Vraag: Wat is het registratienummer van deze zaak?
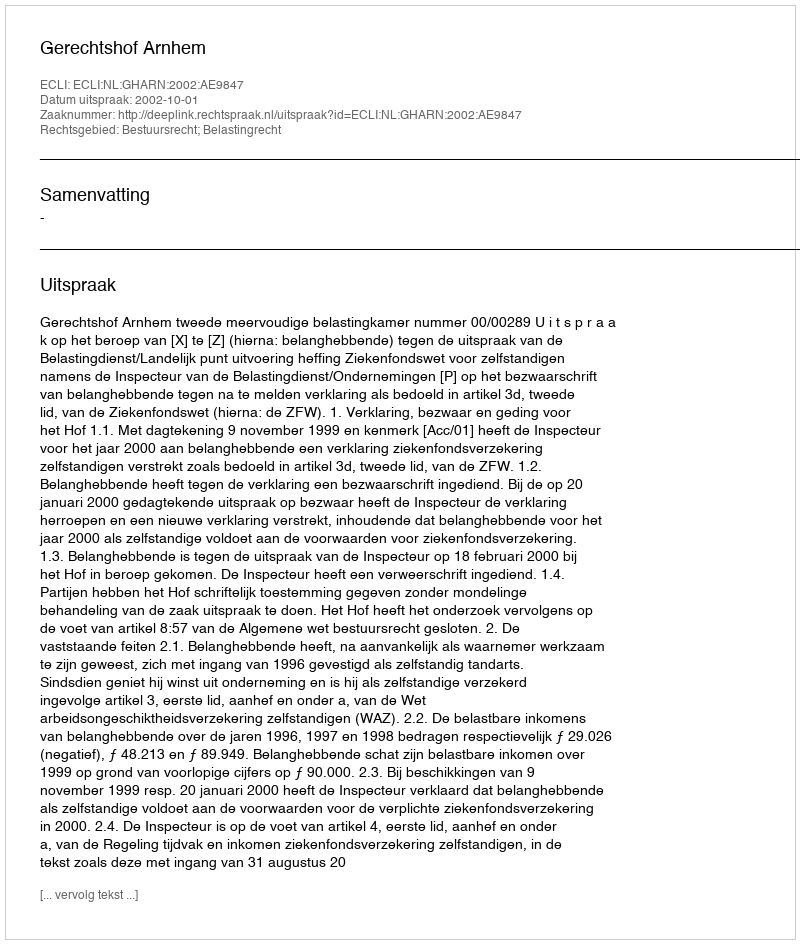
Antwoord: http://deeplink.rechtspraak.nl/uitspraak?id=ECLI:NL:GHARN:2002:AE9847